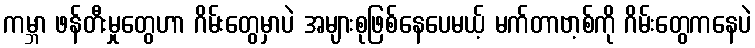
ကမ္ဘာ ဖန်တီးမှုတွေဟာ ဂိမ်းတွေမှာပဲ အများစုဖြစ်နေပေမယ့် မက်တာဗာ့စ်ကို ဂိမ်းတွေကနေပဲ